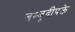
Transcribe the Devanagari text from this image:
जम्बूदीपके